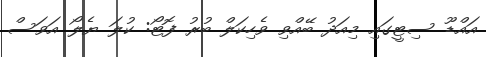
އައްޑޫ ސިޓީގައި މިއަދު ބޭއްވި ވެހިކަލް ބުރު ފޮޓޯ: ކުލަ ޔެލޯ އަވަސް